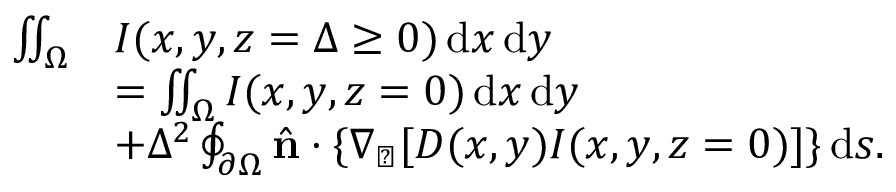
\begin{array} { r l } { \iint _ { \Omega } } & { I ( x , y , z = \Delta \ge 0 ) \, \mathrm { d } x \, \mathrm { d } y } \\ & { = \iint _ { \Omega } I ( x , y , z = 0 ) \, \mathrm { d } x \, \mathrm { d } y } \\ & { + \Delta ^ { 2 } \oint _ { \partial \Omega } \hat { \mathbf { n } } \cdot \{ \nabla _ { \perp } [ D ( x , y ) I ( x , y , z = 0 ) ] \} \, \mathrm { d } s . } \end{array}